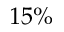
1 5 \%